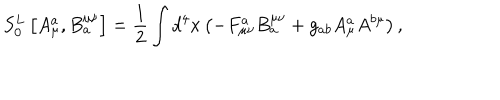
LaTeX: S _ { 0 } ^ { L } \left[ A _ { \mu } ^ { a } , B _ { a } ^ { \mu \nu } \right] = \frac 1 2 \int d ^ { 4 } x \left( - F _ { \mu \nu } ^ { a } B _ { a } ^ { \mu \nu } + g _ { a b } A _ { \mu } ^ { a } A ^ { b \mu } \right) ,